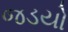
જડયો